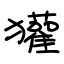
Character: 獾